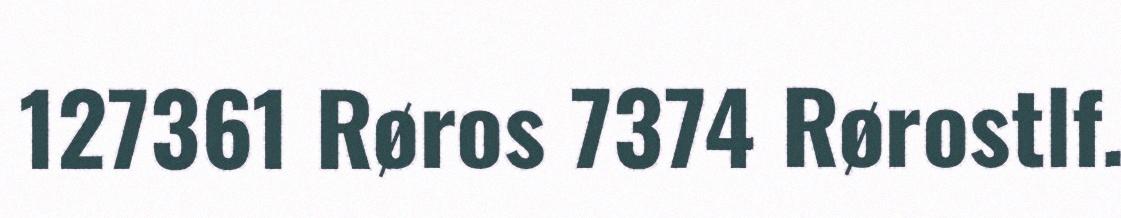
127361 Røros 7374 Rørostlf.